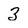
Character: 3